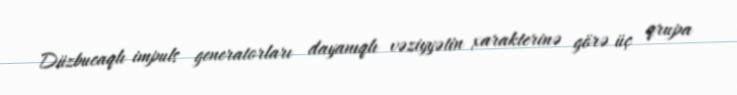
Düzbucaqlı impuls generatorları dayanıqlı vəziyyətin xarakterinə görə üç qrupa